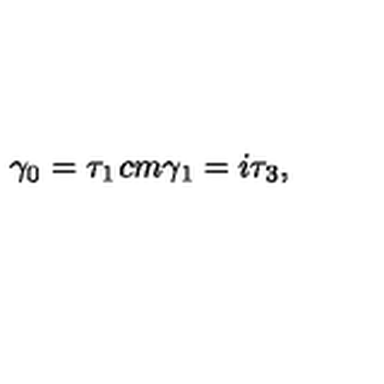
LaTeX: \gamma _ { 0 } = \tau _ { 1 } \hspace * { 1 c m } \gamma _ { 1 } = i \tau _ { 3 } ,